Annual statistical returns and brief notes on vaccination in Bengal - 1896-1909
Year: 1896
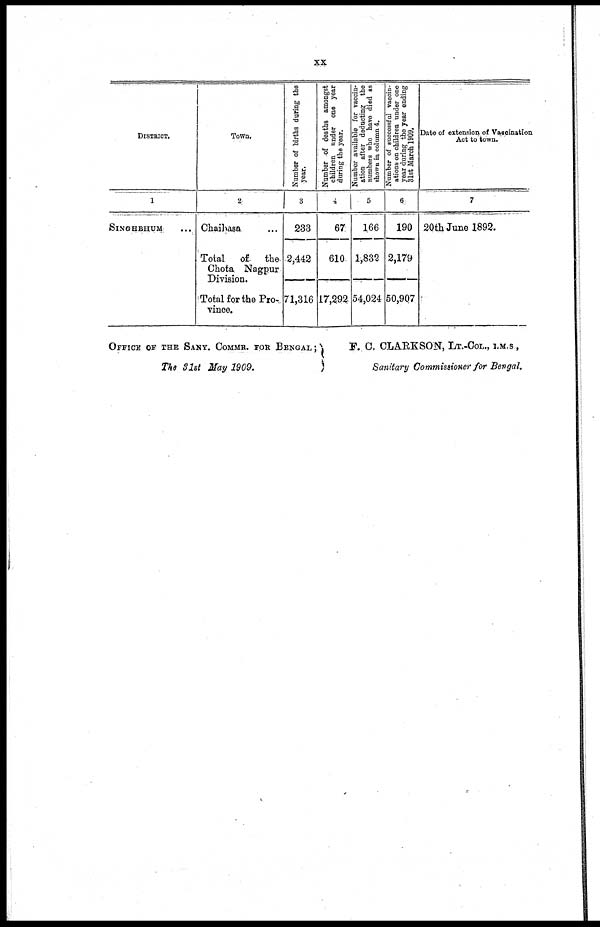
xx
DISTRICT.
1
SINGHBHUM...
Town.
2
Chaihasa... ...
Total of the
Chota Nagpur
Division.
Total for the Pro-
vince.
Number of births during the
year.
3
233
2,442
71,316
Number of deaths amongst
children under one year
during the year.
4
67
610
17,292
Number available for vaccin-
ation after deducting the
numbers who have died as
shows in column 4.
5
166
1,832
54,024
Number of successful vaccin-
ations on children under one
year during the year ending
31st March 1909.
6
190
2,179
50,907
Date of extension of Vaccination
Act to town.
7
20th June 1892.
OFFICE OF THE SANY. COMMR. FOR BENGAL ;
The 31st May 1909.
F. C, CLARKSON, LT.-COL., I.M.S.,
Sanitary Commssioner for Bengal.